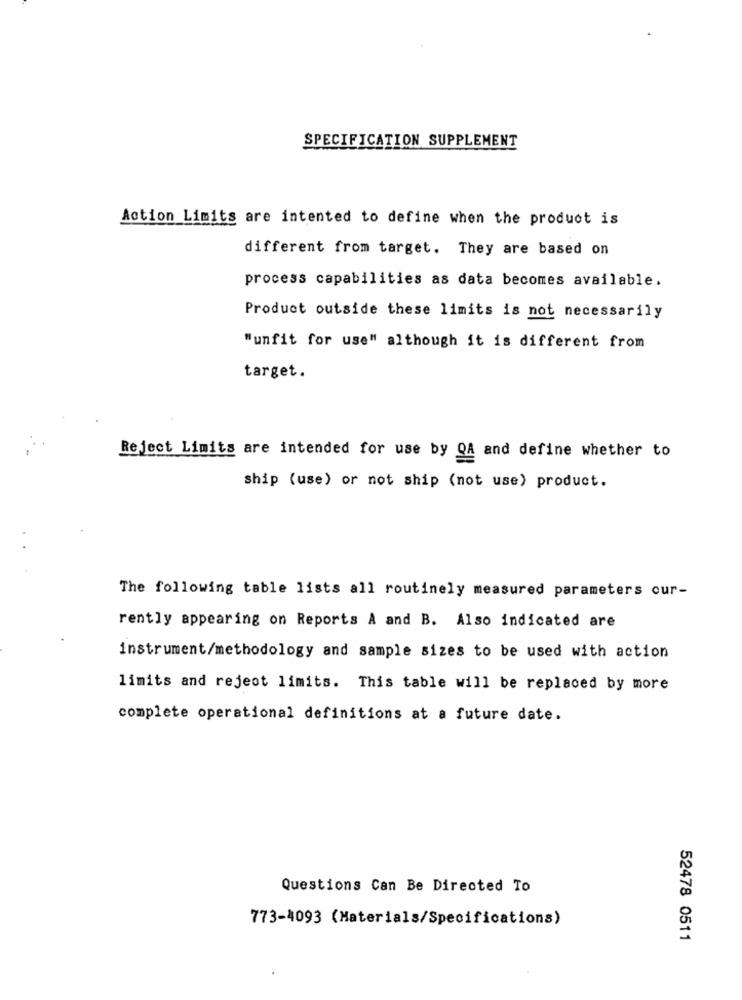
SPECIFICATION SUPPLEMENT
Action Limits are intented to define when the product is
different from target. They are based on
process capabilities as data becomes available.
Product outside these limits is not necessarily
"unfit for use" although it is different from
target.
Reject Limits are intended for use by QA and define whether to
ship (use) or not ship (not use) product.
The following table lists all routinely measured parameters our-
rently appearing on Reports A and B. Also indicated are
instrument/methodology and sample sizes to be used with action
limits and reject limits. This table will be replaced by more
complete operational definitions at a future date.
Questions Can Be Directed To
773-4093 (Materials/Specifications)
52478 0511